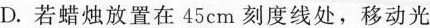
D.若蜡烛放置在45cm刻度线处，移动光